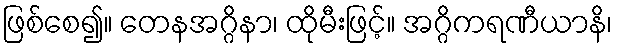
ဖြစ်စေ၍။ တေနအဂ္ဂိနာ၊ ထိုမီးဖြင့်။ အဂ္ဂိကရဏီယာနိ၊